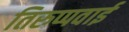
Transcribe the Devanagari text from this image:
तिरुप्पवाई